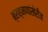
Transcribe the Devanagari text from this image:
ब्राह्मणांखेरीज